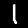
Digit: 1